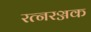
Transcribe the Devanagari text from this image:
रत्नरञ्जक